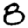
Digit: 8